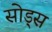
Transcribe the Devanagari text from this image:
सोड्स